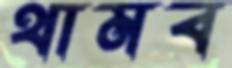
থামব